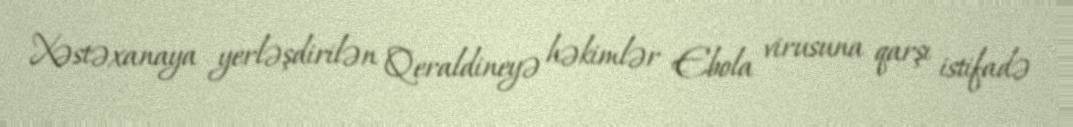
Xəstəxanaya yerləşdirilən Qeraldineyə həkimlər Ebola virusuna qarşı istifadə